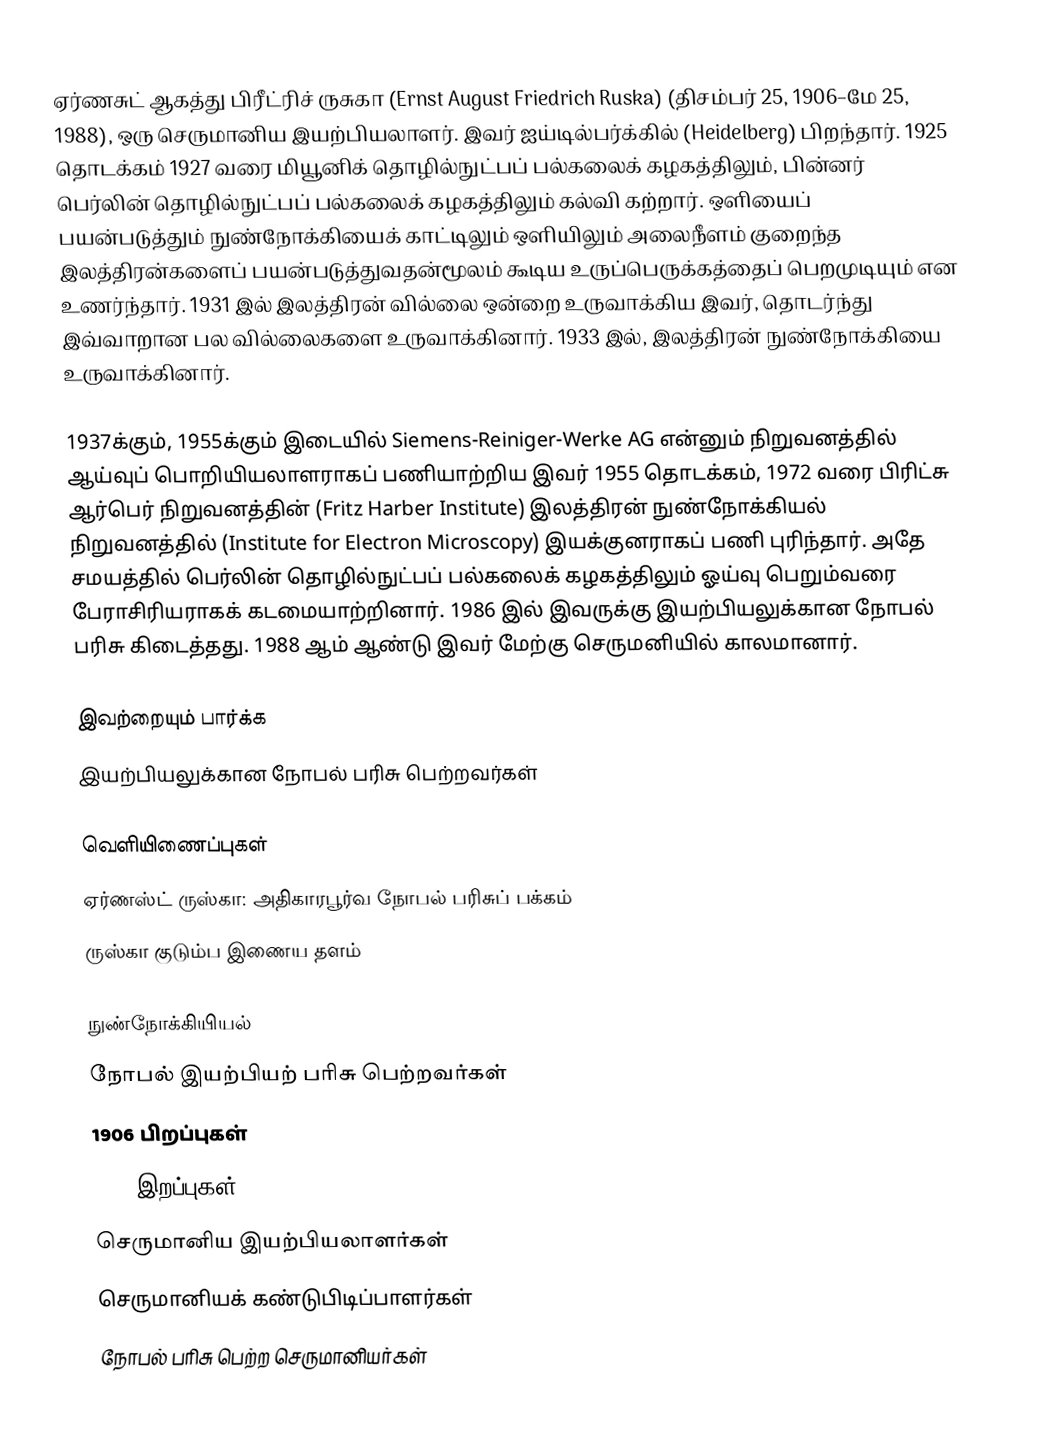
ஏர்ணசுட் ஆகத்து பிரீட்ரிச் ருசுகா (Ernst August Friedrich Ruska) (திசம்பர் 25, 1906–மே 25, 1988), ஒரு செருமானிய இயற்பியலாளர். இவர் ஐய்டில்பர்க்கில் (Heidelberg) பிறந்தார். 1925 தொடக்கம் 1927 வரை மியூனிக் தொழில்நுட்பப் பல்கலைக் கழகத்திலும், பின்னர் பெர்லின் தொழில்நுட்பப் பல்கலைக் கழகத்திலும் கல்வி கற்றார். ஒளியைப் பயன்படுத்தும் நுண்நோக்கியைக் காட்டிலும் ஒளியிலும் அலைநீளம் குறைந்த இலத்திரன்களைப் பயன்படுத்துவதன்மூலம் கூடிய உருப்பெருக்கத்தைப் பெறமுடியும் என உணர்ந்தார். 1931 இல் இலத்திரன் வில்லை ஒன்றை உருவாக்கிய இவர், தொடர்ந்து இவ்வாறான பல வில்லைகளை உருவாக்கினார். 1933 இல், இலத்திரன் நுண்நோக்கியை உருவாக்கினார்.

1937க்கும், 1955க்கும் இடையில் Siemens-Reiniger-Werke AG என்னும் நிறுவனத்தில் ஆய்வுப் பொறியியலாளராகப் பணியாற்றிய இவர் 1955 தொடக்கம், 1972 வரை பிரிட்சு ஆர்பெர் நிறுவனத்தின் (Fritz Harber Institute) இலத்திரன் நுண்நோக்கியல் நிறுவனத்தில் (Institute for Electron Microscopy) இயக்குனராகப் பணி புரிந்தார். அதே சமயத்தில் பெர்லின் தொழில்நுட்பப் பல்கலைக் கழகத்திலும் ஓய்வு பெறும்வரை பேராசிரியராகக் கடமையாற்றினார். 1986 இல் இவருக்கு இயற்பியலுக்கான நோபல் பரிசு கிடைத்தது. 1988 ஆம் ஆண்டு இவர் மேற்கு செருமனியில் காலமானார்.

இவற்றையும் பார்க்க
 இயற்பியலுக்கான நோபல் பரிசு பெற்றவர்கள்

வெளியிணைப்புகள்
ஏர்ணஸ்ட் ருஸ்கா: அதிகாரபூர்வ நோபல் பரிசுப் பக்கம்
ருஸ்கா குடும்ப இணைய தளம்

நுண்நோக்கியியல்
நோபல் இயற்பியற் பரிசு பெற்றவர்கள்
1906 பிறப்புகள்
1988 இறப்புகள்
செருமானிய இயற்பியலாளர்கள்
செருமானியக் கண்டுபிடிப்பாளர்கள்
நோபல் பரிசு பெற்ற செருமானியர்கள்